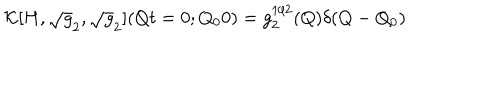
LaTeX: { \cal K } [ H , \sqrt { g } _ { 2 } , \sqrt { g } _ { 2 } ] ( Q t = 0 ; Q _ { 0 } 0 ) = g _ { 2 } ^ { 1 / 2 } ( Q ) \delta ( Q - Q _ { 0 } )